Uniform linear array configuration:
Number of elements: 64
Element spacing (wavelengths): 0.75
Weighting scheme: cosine
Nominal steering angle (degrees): -45
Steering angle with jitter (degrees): -43.963
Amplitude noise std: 0.05
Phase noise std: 0.05

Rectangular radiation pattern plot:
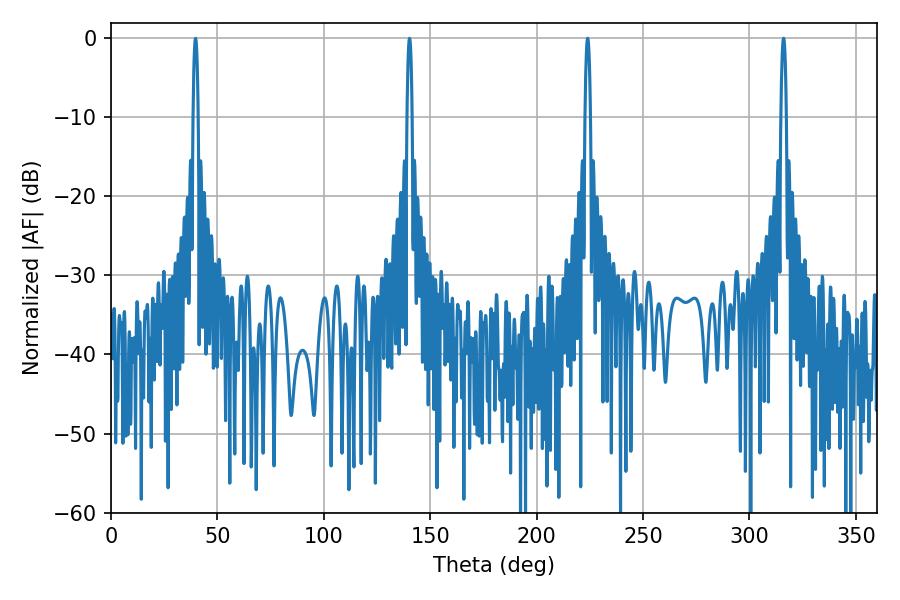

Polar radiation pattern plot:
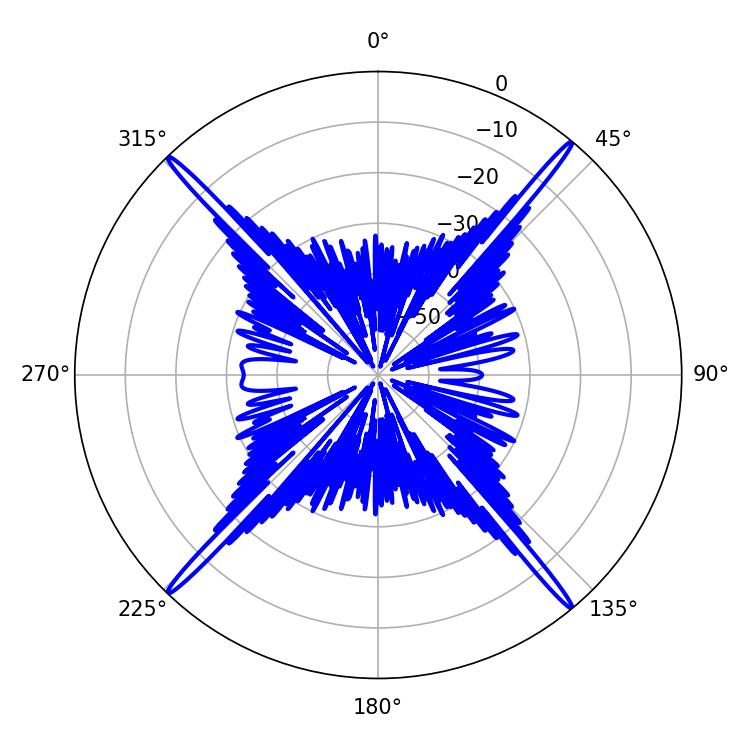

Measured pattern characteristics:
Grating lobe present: TRUE
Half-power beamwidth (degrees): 1.44
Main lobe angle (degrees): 223.92